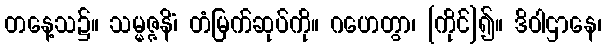
တနေ့သ၌။ သမ္မဇ္ဇနိံ၊ တံမြက်ဆုပ်ကို။ ဂဟေတွာ၊ [ကိုင်]၍။ ဒိဝါဌာနေ၊